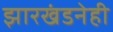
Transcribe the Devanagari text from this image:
झारखंडनेही